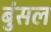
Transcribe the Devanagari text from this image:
बुंसल